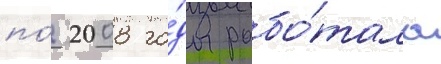
по́ 2008 го́ды рабо́тала